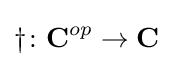
\dagger \colon \mathbf {C} ^{op}\rightarrow \mathbf {C}